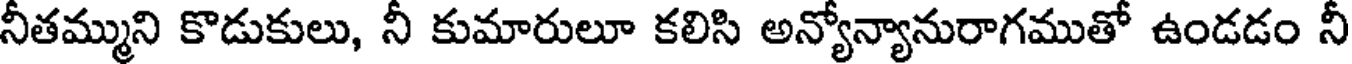
నీతమ్ముని కొడుకులు, నీ కుమారులూ కలిసి అన్యోన్యానురాగముతో ఉండడం నీ